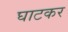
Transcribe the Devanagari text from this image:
घाटकर